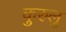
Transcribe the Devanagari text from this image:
कुरुलु